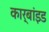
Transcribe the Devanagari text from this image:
कार्बांइड